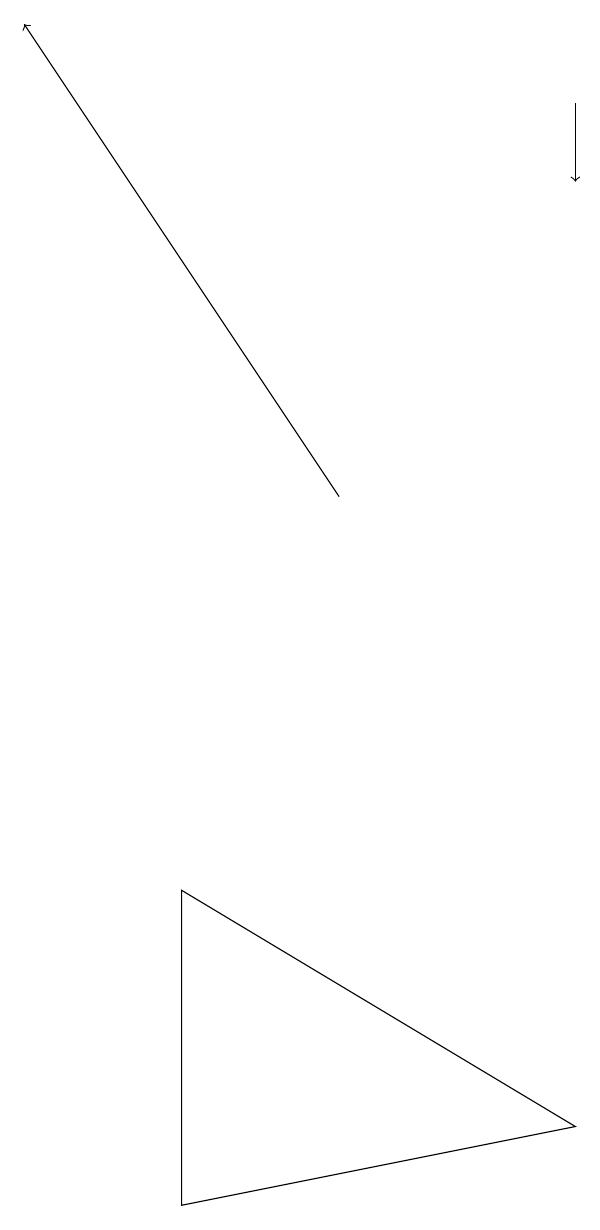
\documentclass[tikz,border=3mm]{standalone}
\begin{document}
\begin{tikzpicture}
\draw (4,2) -- (4,6) -- (9,3) -- cycle;
\draw[->] (9,16) -- (9,15);
\draw[->] (6,11) -- (2,17);
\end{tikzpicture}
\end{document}